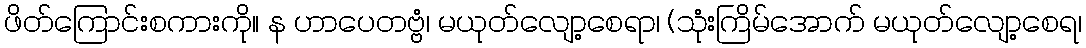
ဖိတ်ကြောင်းစကားကို။ န ဟာပေတဗ္ဗံ၊ မယုတ်လျော့စေရာ၊ (သုံးကြိမ်အောက် မယုတ်လျော့စေရ၊